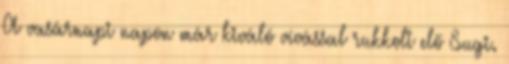
A vasárnapi napon már kiváló vívással rukkolt elő Sugi.